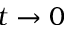
t \rightarrow 0